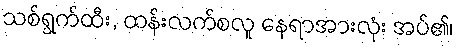
သစ်ရွက်ထီး, ထန်းလက်စလူ နေရာအားလုံး အပ်၏၊